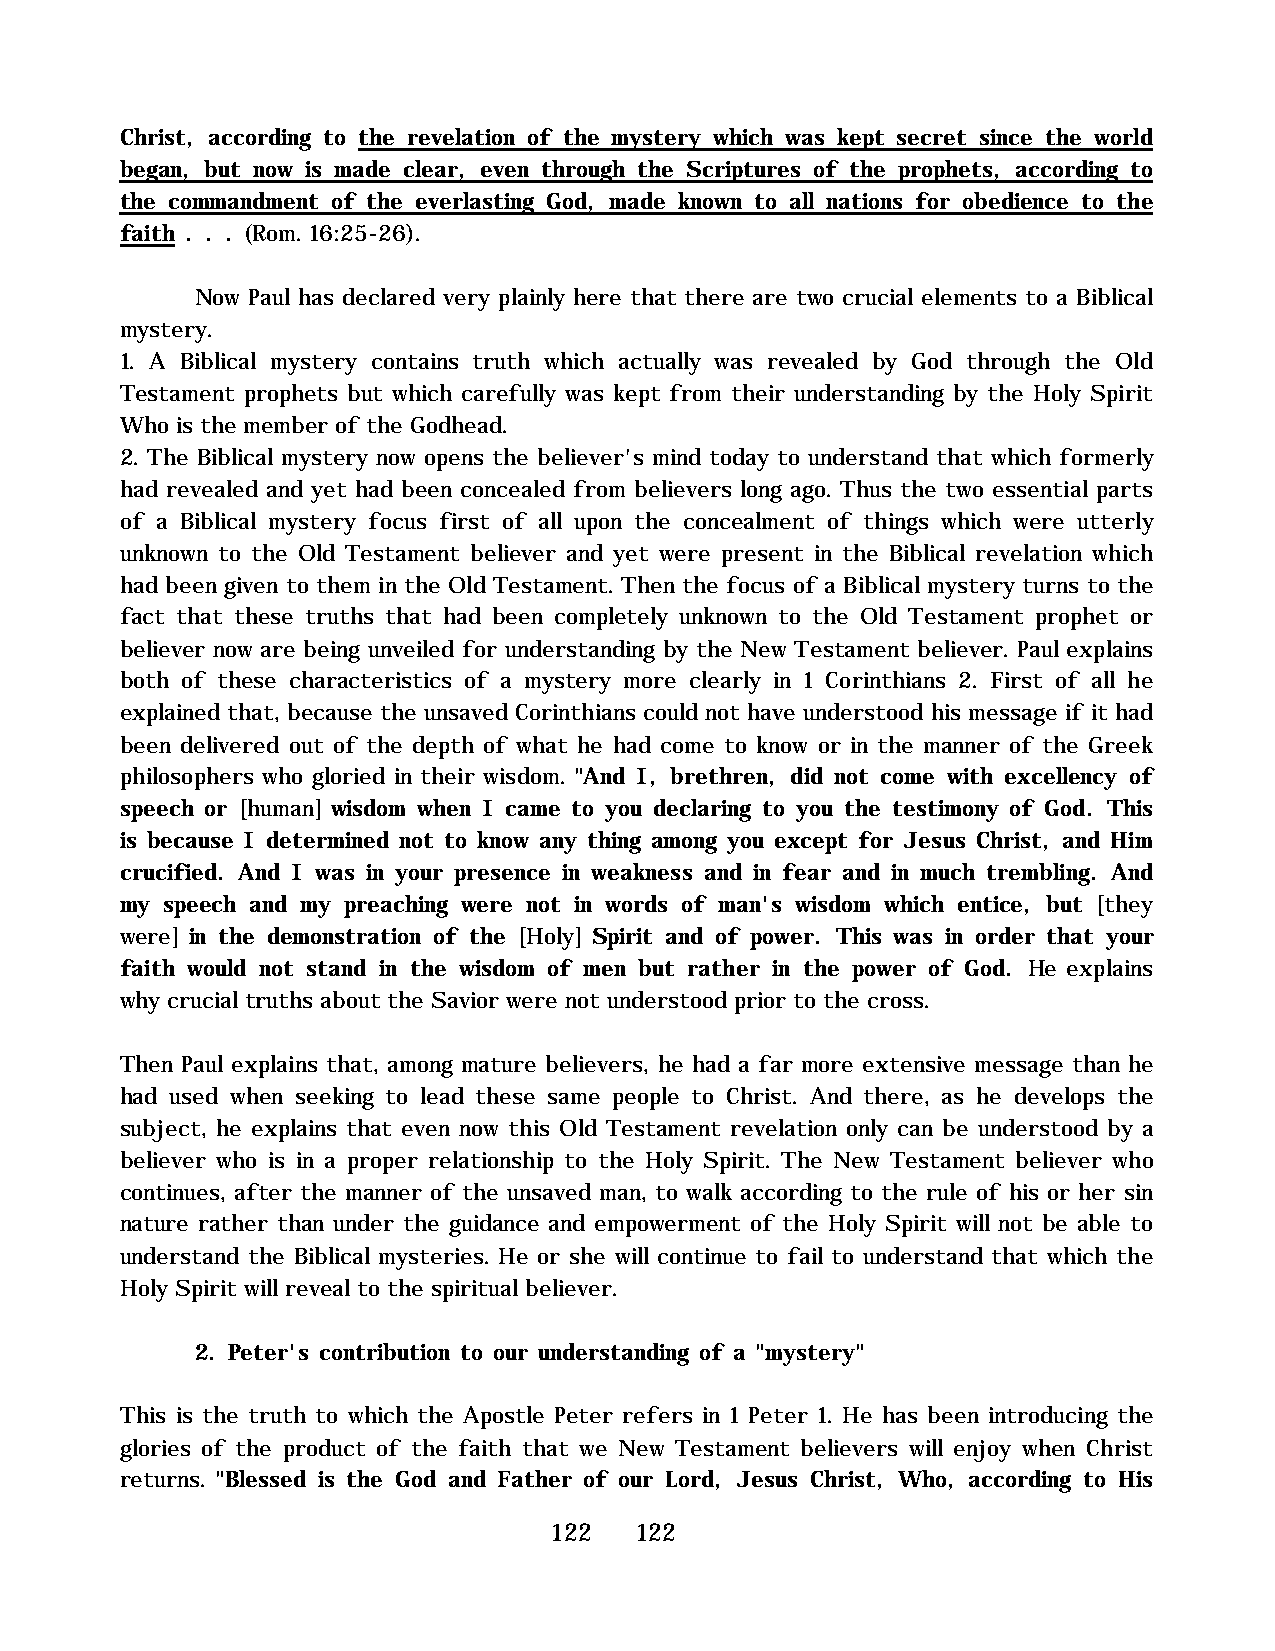
Christ, according to the revelation of the mystery which was kept secret since the world
 began, but now is made clear, even through the Scriptures of the prophets, according to
 the commandment of the everlasting God, made known to all nations for obedience to the
 faith . . . (Rom. 16:25-26).
 Now Paul has declared very plainly here that there are two crucial elements to a Biblical
 mystery.
 1. A Biblical mystery contains truth which actually was revealed by God through the Old
 Testament prophets but which carefully was kept from their understanding by the Holy Spirit
 Who is the member of the Godhead.
 2. The Biblical mystery now opens the believer's mind today to understand that which formerly
 had revealed and yet had been concealed from believers long ago. Thus the two essential parts
 of a Biblical mystery focus first of all upon the concealment of things which were utterly
 unknown to the Old Testament believer and yet were present in the Biblical revelation which
 had been given to them in the Old Testament. Then the focus of a Biblical mystery turns to the
 fact that these truths that had been completely unknown to the Old Testament prophet or
 believer now are being unveiled for understanding by the New Testament believer. Paul explains
 both of these characteristics of a mystery more clearly in 1 Corinthians 2. First of all he
 explained that, because the unsaved Corinthians could not have understood his message if it had
 been delivered out of the depth of what he had come to know or in the manner of the Greek
 philosophers who gloried in their wisdom. "And I, brethren, did not come with excellency of
 speech or [human] wisdom when I came to you declaring to you the testimony of God. This
 is because I determined not to know any thing among you except for Jesus Christ, and Him
 crucified. And I was in your presence in weakness and in fear and in much trembling. And
 my speech and my preaching were not in words of man's wisdom which entice, but [they
 were] in the demonstration of the [Holy] Spirit and of power. This was in order that your
 faith would not stand in the wisdom of men but rather in the power of God. He explains
 why crucial truths about the Savior were not understood prior to the cross.
 Then Paul explains that, among mature believers, he had a far more extensive message than he
 had used when seeking to lead these same people to Christ. And there, as he develops the
 subject, he explains that even now this Old Testament revelation only can be understood by a
 believer who is in a proper relationship to the Holy Spirit. The New Testament believer who
 continues, after the manner of the unsaved man, to walk according to the rule of his or her sin
 nature rather than under the guidance and empowerment of the Holy Spirit will not be able to
 understand the Biblical mysteries. He or she will continue to fail to understand that which the
 Holy Spirit will reveal to the spiritual believer.
 2. Peter's contribution to our understanding of a "mystery"
 This is the truth to which the Apostle Peter refers in 1 Peter 1. He has been introducing the
 glories of the product of the faith that we New Testament believers will enjoy when Christ
 returns. "Blessed is the God and Father of our Lord, Jesus Christ, Who, according to His
 122   122